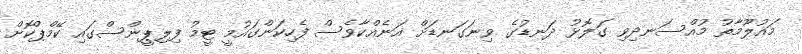
މައުލޫމާތު މުއްސަނދިވި ގަލޮޅު ދަނޑުގެ ވިނަގަނޑަށް އަނެއްކާވެސް ފެހިކަންގައުމީ ޓީމު ފިލިޕީންސްގައި ކޭމްޕްކޮށް